Problem: 47 + 39 = ?
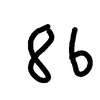
Handwritten answer: 86